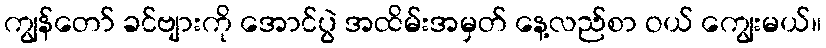
ကျွန်တော် ခင်ဗျားကို အောင်ပွဲ အထိမ်းအမှတ် နေ့လည်စာ ဝယ် ကျွေးမယ်။